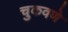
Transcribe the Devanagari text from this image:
चुकवणे